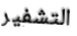
التشفير